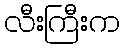
လီးကြီးက